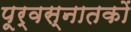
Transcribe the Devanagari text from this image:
पूर्वस्नातकों